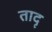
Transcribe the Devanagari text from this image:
तादृ